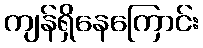
ကျန်ရှိနေကြောင်း